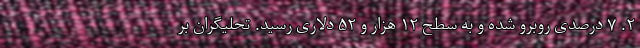
۲. ۷ درصدی روبرو شده و به سطح ۱۲ هزار و ۵۲ دلاری رسید. تحلیگران بر